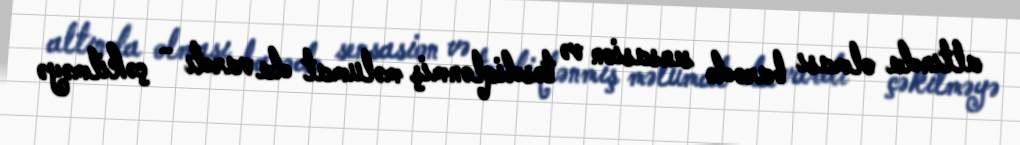
altında olması barədə sensasion və təsdiqlənmiş məlumat da vardı - çəkilməyə